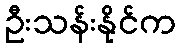
ဦးသန်းနိုင်က